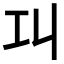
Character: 𢀙